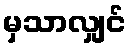
မှသာလျှင်